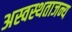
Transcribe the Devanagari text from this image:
अस्वस्थताजन्य